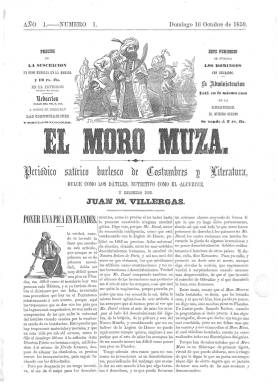
Título: El Moro Muza (1859)
Colección: Revistas satíricas y humorísticas || Cultura
Ámbito geográfico: Cuba
Lugar de publicación: Habana
Fechas: 16/10/1859-12/09/1869

Una de las publicaciones de carácter satírico de mayor longevidad del siglo XIX cubano, obra del vallisoletano Juan Martínez Villergas (1817-1894), considerado como uno de los más destacados periodistas, críticos y poetas satíricos del periodo, quien metido en política y conspiraciones tendrá que abandonar España y emigrar no sólo a Francia sino a otros países de América, en donde además llegará a ocupar cargos consulares del gobierno español. Tras haber recalado en La Habana y editar su primer periódico aquí –La Charanga (1857-1858)- comenzó a publicar este título a partir del 16 de octubre de 1859, en entregas semanales –salió cada domingo- de ocho páginas, compuestas a tres columnas, estampadas en la Librería e Imprenta de El Iris, de Majin Pujola y Cª, y en la Imprenta y Librería Militar, de la viuda e hijos de Soler.

Con el subtítulo “periódico satírico burlesco de costumbres y literatura, dulce como los dátiles y nutritivo como el alcuzcuz”, que después se fue modificando, su cabecera va a acompañada de un grabado -que también varió-, obra de Francisco Cisneros, autor también de pequeños dibujos y viñetas en sus páginas interiores. En su primera entrega se incluye como regalo a sus lectores una litografía de Leopoldo O’Donnell, y más adelante insertará en cada entrega una o dos páginas litografiadas con retratos, caricaturas y dibujos de humor gráfico, de sátiras sobre temas y costumbres cubanas, obra principalmente del bilbaíno Víctor Patricio Landaluze (o Landaluce), pintor y dibujante pero también militar español que había asimismo recalado en la isla y será considerado pionero de la historieta gráfica.

Las páginas del semanario, de cuidada impresión y diseño, están densamente ocupadas por textos en prosa y verso (diálogos, entrevistas, semblanzas biográficas, relatos, sonetos, folletines), algunos de los cuales fueron copiados de revistas francesas, así como algunos grabados cuyas firmas eran previamente borradas. La mayor parte de los textos están firmados bajo seudónimos –aunque debieron ser obra casi en su totalidad del propio Villergas- y su ánimo satírico no es muy acusado, no siendo un periódico de perfil político, a juicio de Manuel Barrero.

La primera época de El Moro Muza alcanza hasta el 12 de septiembre de 1869, y la misma comprende hasta seis series. Villergas –que se autodefine en la propia cabecera de su periódico como “viajero sistemático y antiguo cazador de sinsontes”- regresará por esas fechas de España, en donde un año antes había estallado la Septembrina que dará lugar al Sexenio Democrático (1868-1874), pero también a la Guerra de los Diez Años, la primera contra el colonialismo español en suelo cubano. Su periódico iniciará en octubre de 1869 otra nueva etapa, cuya colección también puede consultarse en esta Hemeroteca Digital de la Biblioteca Nacional de España. Claudia Molés Pintor es autora del trabajo El Moro Muza: una espada periodística en la Cuba colonial (1859-1877).

El primer ejemplar de la colección de la BNE, con fecha 16/10/1859, incluye, encuadernado con el original, una litografía publicada como regalo para los suscriptores de El Moro Muza. En esta consta la fecha 8/3/1860, aunque no se sabe con certeza si acompañaba a un ejemplar de la revista publicado con posterioridad. Se ha incluido en esta hemeroteca digital en un archivo independiente con la fecha indicada.

[Descripción publicada el 18/11/2022]